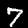
Digit: 7